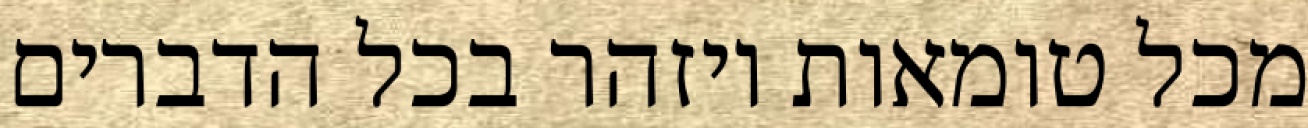
מכל טומאות ויזהר בכל הדברים